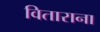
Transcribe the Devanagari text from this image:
विताराना